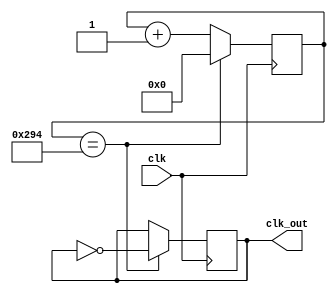
module freq(clk,clk_out);
input clk;
output reg clk_out;

reg [10:0]cnt ;
initial
begin
	cnt<=0;
	clk_out<=0;
end

always@(posedge clk)
begin
	cnt<=cnt+1;
	if(cnt==660)
	begin
		cnt<=0;
		clk_out<=~clk_out;
	end
end
endmodule